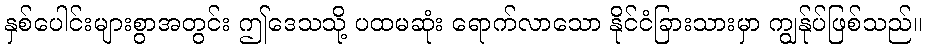
နှစ်ပေါင်းများစွာအတွင်း ဤဒေသသို့ ပထမဆုံး ရောက်လာသော နိုင်ငံခြားသားမှာ ကျွန်ုပ်ဖြစ်သည်။